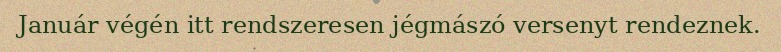
Január végén itt rendszeresen jégmászó versenyt rendeznek.